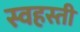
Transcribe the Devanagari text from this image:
स्वहस्ती